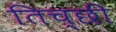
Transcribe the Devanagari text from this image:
तिच्छी